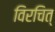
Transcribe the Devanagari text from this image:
विरचित्